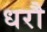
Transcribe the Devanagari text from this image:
धरौ